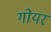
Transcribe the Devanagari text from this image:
गोयर